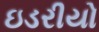
ઇડરીયો